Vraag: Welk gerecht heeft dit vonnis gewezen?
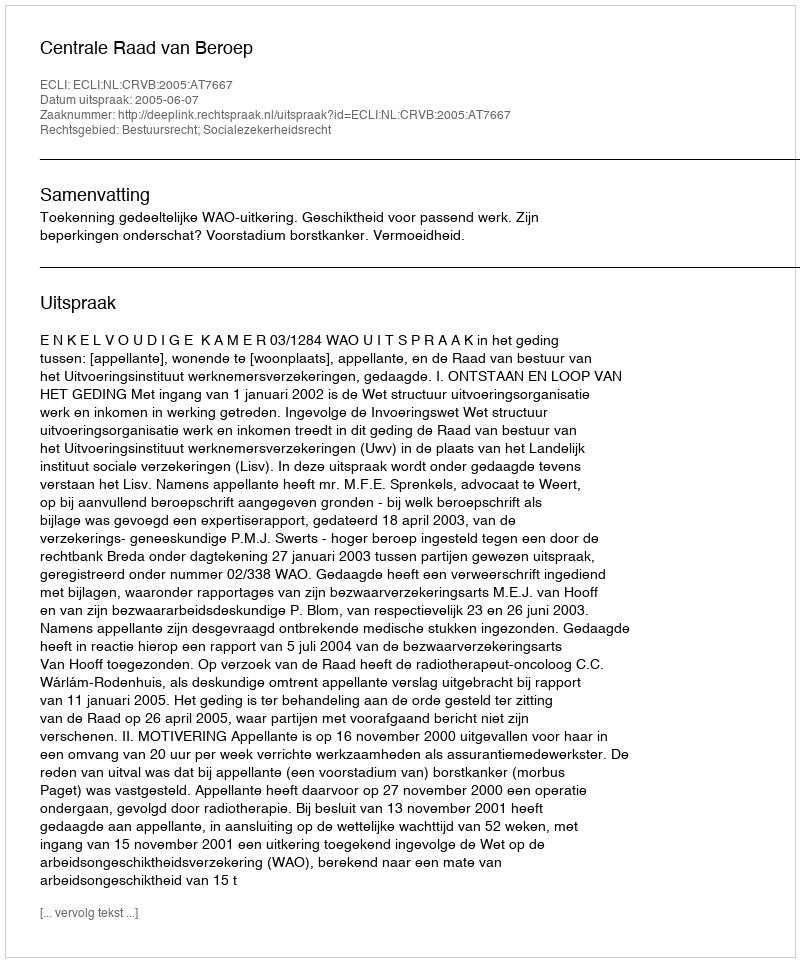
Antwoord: Centrale Raad van Beroep